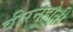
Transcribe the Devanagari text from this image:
वीरनहोती